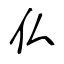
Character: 仏